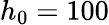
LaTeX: h_{0}=100